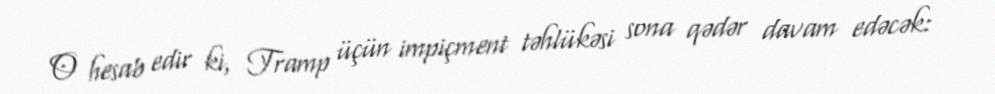
O hesab edir ki, Tramp üçün impiçment təhlükəsi sona qədər davam edəcək: